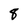
Character: 8